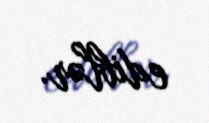
ediblər.